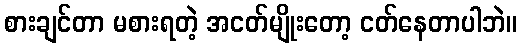
စားချင်တာ မစားရတဲ့ အငတ်မျိုးတော့ ငတ်နေတာပါဘဲ။